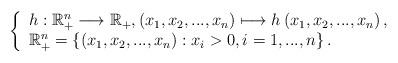
LaTeX: \begin{align*}\left\{ \begin{array}{l}h:\mathbb{R}_{+}^{n}\longrightarrow \mathbb{R}_{+},\left( x_{1},x_{2},...,x_{n}\right) \longmapsto h\left(x_{1},x_{2},...,x_{n}\right) , \\ \mathbb{R}_{+}^{n}=\left\{ \left( x_{1},x_{2},...,x_{n}\right):x_{i}>0,i=1,...,n\right\} .\end{array}\right. \end{align*}